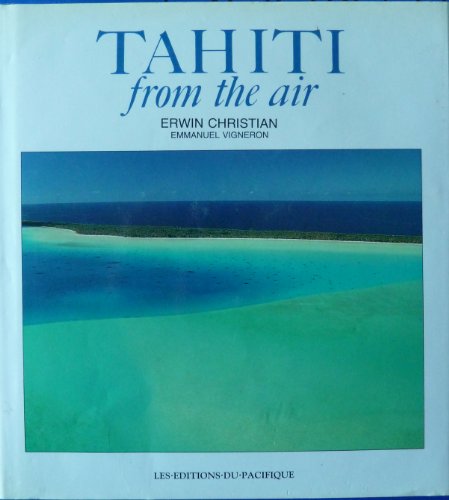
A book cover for Tahiti From the Air; Orstom Emmanuel Vigneron; Travel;